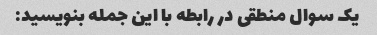
یک سوال منطقی در رابطه با این جمله بنویسید: